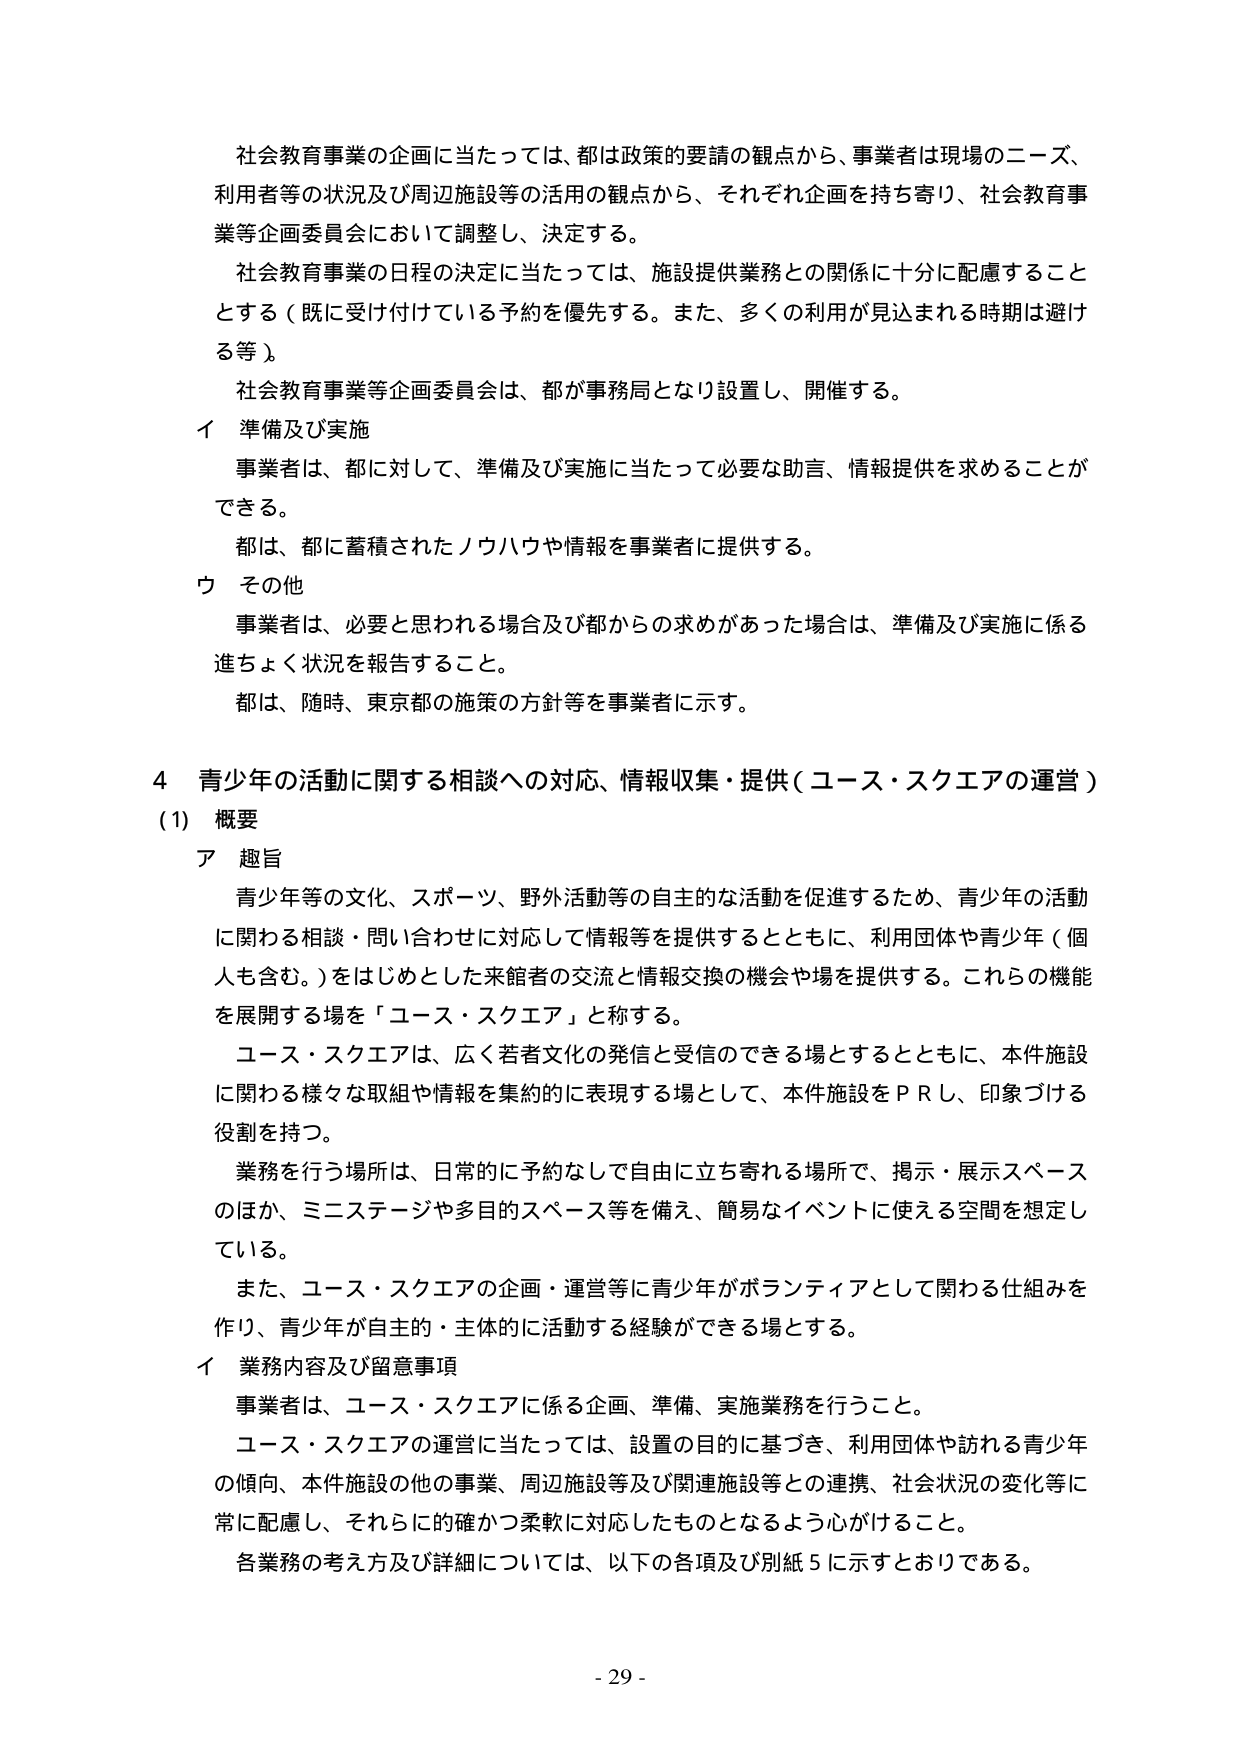
社会教育事業の企画に当たっては、都は政策的要請の観点から、事業者は現場のニーズ、利用者等の状況及び周辺施設等の活用の観点から、それぞれ企画を持ち寄り、社会教育事業等企画委員会において調整し、決定する。

社会教育事業の日程の決定に当たっては、施設提供業務との関係に十分に配慮することとする（既に受け付けている予約を優先する。また、多くの利用が見込まれる時期は避ける等）。

社会教育事業等企画委員会は、都が事務局となり設置し、開催する。

イ 準備及び実施
事業者は、都に対して、準備及び実施に当たって必要な助言、情報提供を求めることができる。
都は、都に蓄積されたノウハウや情報を事業者に提供する。

ウ その他
事業者は、必要と思われる場合及び都からの求めがあった場合は、準備及び実施に係る進ちょく状況を報告すること。
都は、随時、東京都の施策の方針等を事業者に示す。

4 青少年の活動に関する相談への対応、情報収集・提供（ユース・スクエアの運営）
(1) 概要
ア 趣旨
青少年等の文化、スポーツ、野外活動等の自主的な活動を促進するため、青少年の活動に関わる相談・問い合わせに対応して情報等を提供するとともに、利用団体や青少年（個人も含む。）をはじめとした来館者の交流と情報交換の機会や場を提供する。これらの機能を展開する場を「ユース・スクエア」と称する。
ユース・スクエアは、広く若者文化の発信と受信のできる場とするとともに、本件施設に関わる様々な取組や情報を集約的に表現する場として、本件施設をＰＲし、印象づける役割を持つ。
業務を行う場所は、日常的に予約なしで自由に立ち寄れる場所で、掲示・展示スペースのほか、ミニステージや多目的スペース等を備え、簡易なイベントに使える空間を想定している。
また、ユース・スクエアの企画・運営等に青少年がボランティアとして関わる仕組みを作り、青少年が自主的・主体的に活動する経験ができる場とする。

イ 業務内容及び留意事項
事業者は、ユース・スクエアに係る企画、準備、実施業務を行うこと。
ユース・スクエアの運営に当たっては、設置の目的に基づき、利用団体や訪れる青少年の傾向、本件施設の他の事業、周辺施設等及び関連施設等との連携、社会状況の変化等に常に配慮し、それらに的確かつ柔軟に対応したものとなるよう心がけること。
各業務の考え方及び詳細については、以下の各項及び別紙5に示すとおりである。

- 29 -